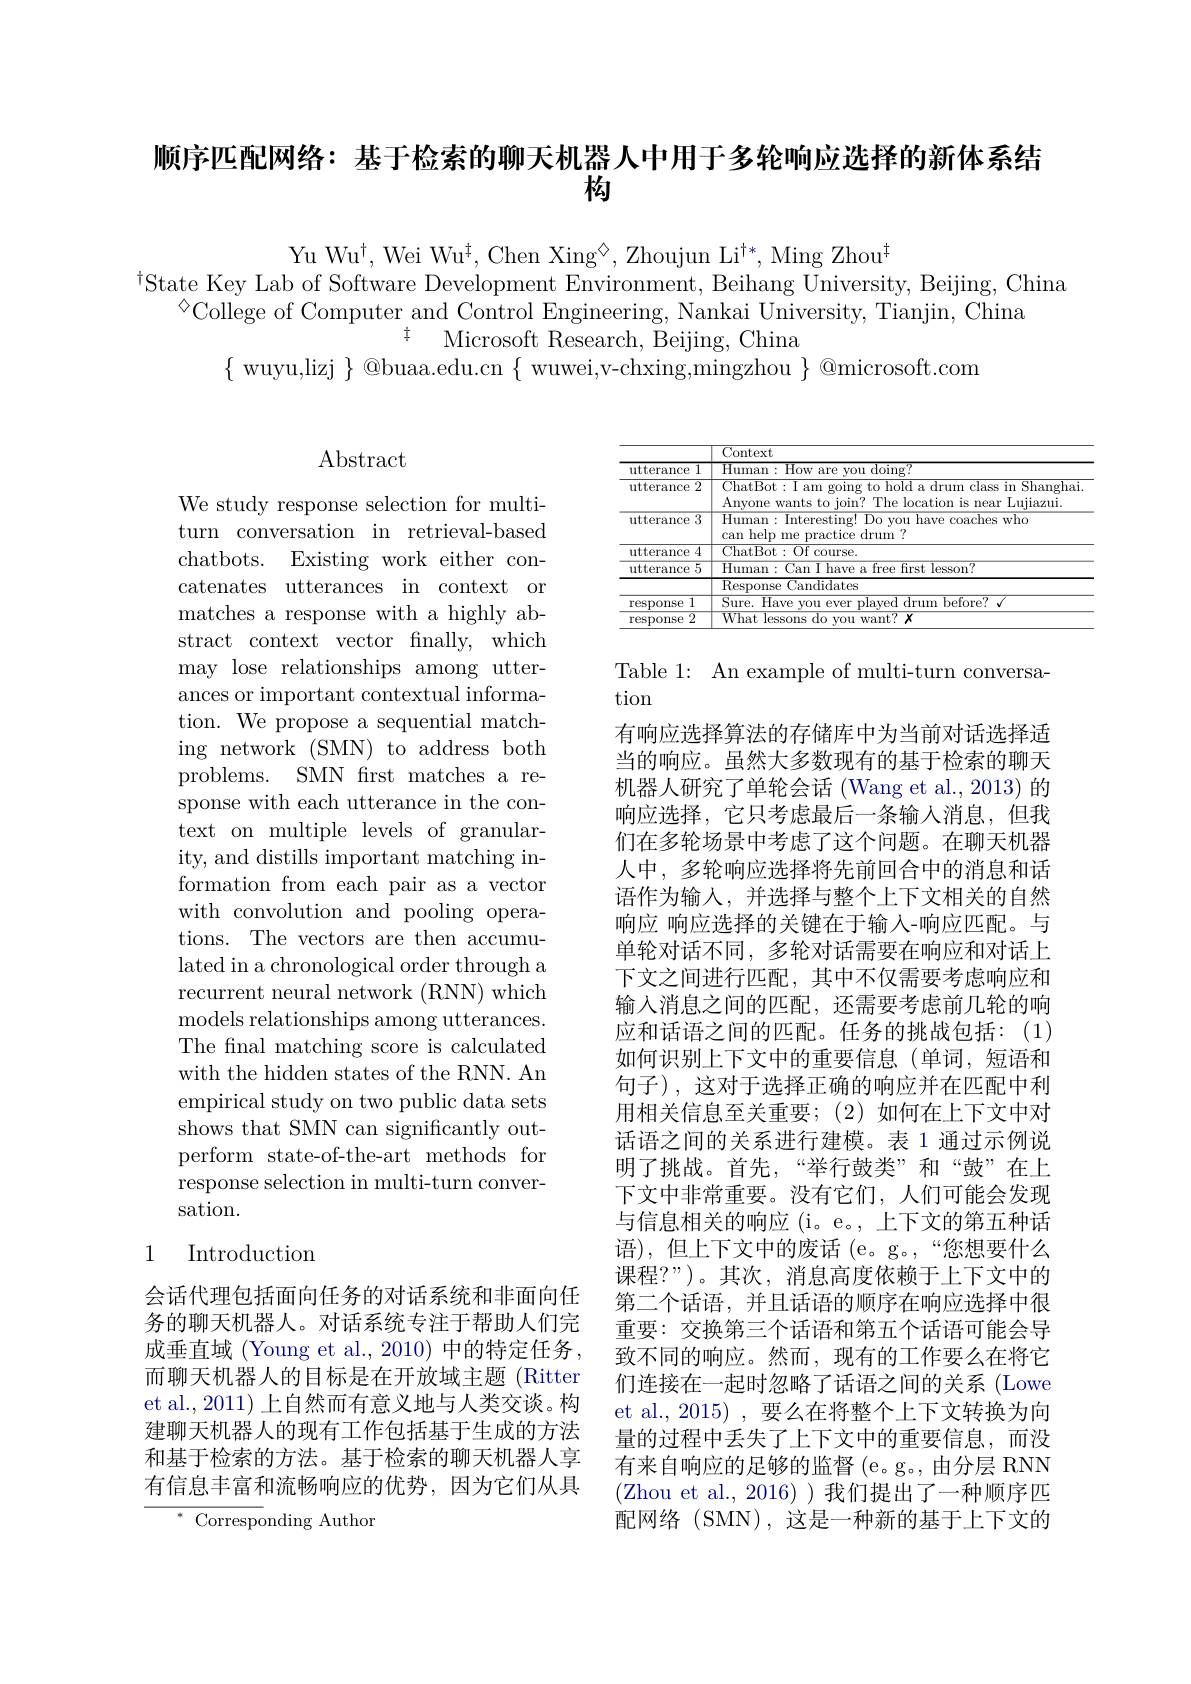
顺序匹配网络：基于检索的聊天机器人中用于多轮响应选择的新体系结
构

Yu Wu$^\dagger$,Wei Wu$^\dagger$,Chen Xing$^\diamond$,Zhoujun Li$^\dagger*$,Ming Zhou$^\dagger$
$^{\dagger}$State Key Lab of Software Development Environment, Beihang University, Beijing, China
$^{\textcircled{\mathrm{College of Computer and Control Engineering, Nankai University, Tianjin, China}}^{\textcircled{\mathrm{College of Computer and Control Engineering, Nankai University, Tianjin, China}}}}$
$\ddagger$ Microsoft Research, Beijing, China
$\{$ wuyu,lizj $\}@$buaa.edu.cn$\{$ wuwei,v-chxing,mingzhou $\}@$microsoft.com

## $\operatorname{Abstract}$

We study response selection for multiturn conversation in retrieval-based chatbots. Existing work either concatenates utterances in context or matches a response with a highly abstract context vector finally, which may lose relationships among utterances or important contextual information. We propose a sequential matching network (SMN) to address both problems. SMN first matches a response with each utterance in the context on multiple levels of granularity, and distills important matching information from each pair as a vector with convolution and pooling operations. The vectors are then accumulated in a chronological order through a recurrent neural network (RNN) which models relationships among utterances. The final matching score is calculated with the hidden states of the RNN. An empirical study on two public data sets shows that SMN can significantly outperform state-of-the-art methods for response selection in multi-turn conversation.

## 1 Introduction

会话代理包括面向任务的对话系统和非面向任务的聊天机器人。对话系统专注于帮助人们完成垂直域 (Young et al., 2010) 中的特定任务， 而聊天机器人的目标是在开放域主题 (Ritter et al., 2011) 上自然而有意义地与人类交谈。构建聊天机器人的现有工作包括基于生成的方法和基于检索的方法。基于检索的聊天机器人享有信息丰富和流畅响应的优势，因为它们从具

$^*$Corresponding Author

<table>
	<tbody>
		<tr>
			<th> </th>
			<th>Context</th>
		</tr>
		<tr>
			<td>utterance 1</td>
			<td>Human $\operatorname{doing}?$ $10w$ are VOu</td>
		</tr>
		<tr>
			<td>utterance 2</td>
			<td>ChatBot: I am going to hold a drum class in Shanghai Anyone wants to join? T The location is near Lujiazui</td>
		</tr>
		<tr>
			<td>utterance 3</td>
			<td>Human: Interesting! Do you have coaches who can help me practice drum ?</td>
		</tr>
		<tr>
			<td>utterance 4</td>
			<td>$\overline{\text{ChatBot: Of course.}}$</td>
		</tr>
		<tr>
			<td>utterance 5 </td>
			<td>Human: Can I have a free first lesson? $\overline{\mathrm{Response~Candidates}}$</td>
		</tr>
		<tr>
			<td>1 response</td>
			<td>Sure Have drum hefore?</td>
		</tr>
		<tr>
			<td>2 response</td>
			<td>What $=1essons$ $f$ $do$ VO11 $want?x$</td>
		</tr>
	</tbody>
</table>

Table 1: An example of multi-turn conversa-
tion
有响应选择算法的存储库中为当前对话选择适当的响应。虽然大多数现有的基于检索的聊天机器人研究了单轮会话 (Wang et al., 2013) 的响应选择，它只考虑最后一条输人消息，但我们在多轮场景中考虑了这个问题。在聊天机器人中，多轮响应选择将先前回合中的消息和话语作为输入，并选择与整个上下文相关的自然响应 响应选择的关键在于输入-响应匹配。与单轮对话不同，多轮对话需要在响应和对话上下文之间进行匹配，其中不仅需要考虑响应和输人消息之间的匹配，还需要考虑前几轮的响应和话语之间的匹配。任务的挑战包括：(1) 如何识别上下文中的重要信息(单词，短语和句子),这对于选择正确的响应并在匹配中利用相关信息至关重要；(2)如何在上下文中对话语之间的关系进行建模。表 1 通过示例说明了挑战。首先，“举行鼓类”和“鼓”在上下文中非常重要。没有它们，人们可能会发现与信息相关的响应 (i。e。, 上下文的第五种话语),但上下文中的废话(e。g。,“您想要什么课程？”)。其次，消息高度依赖于上下文中的第二个话语，并且话语的顺序在响应选择中很重要：交换第三个话语和第五个话语可能会导致不同的响应。然而，现有的工作要么在将它们连接在一起时忽略了话语之间的关系 (Lowe et al., 2015) , 要么在将整个上下文转换为向量的过程中丢失了上下文中的重要信息，而没有来自响应的足够的监督 (e。g。, 由分层 RNN (Zhou et al., 2016))我们提出了一种顺序匹配网络(SMN),这是一种新的基于上下文的